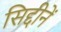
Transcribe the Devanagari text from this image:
सिद्दीनें